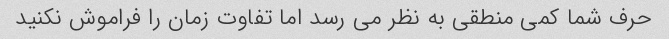
حرف شما کمی منطقی به نظر می رسد اما تفاوت زمان را فراموش نکنید